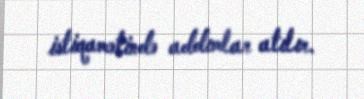
istiqamətində addımlar atılır.